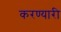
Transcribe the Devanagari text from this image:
करण्यारी